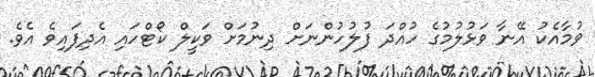
ވުމާއެކު އޭނާ ވަޅުލުމުގެ ހުއްދަ ފުލުހުންނަށް ދިނުމަށް ވަކީލް ކޯޓްހައި އެދިފައިވެ އެވެ.